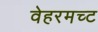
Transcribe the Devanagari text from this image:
वेहरमच्ट